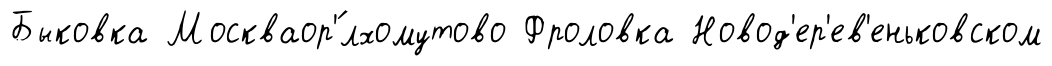
Быковка Москваор'́лхомутово Фроловка Новод'ер'ев'еньковском